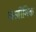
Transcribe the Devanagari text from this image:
कार्बीनिक